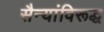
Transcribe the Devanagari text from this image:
सैन्यांविरूद्ध